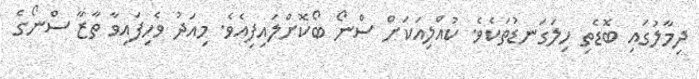
ދިމާލުގައި ބޮޑެތި ހިލަގަނޑުތަކެވެ. ކުއްލިއަކަށް ސްނޯ ބޯކޮށްލައިފިއެވެ. މިއަދު ވެހިފައިވާ ތާޒާ ސްނޯގެ